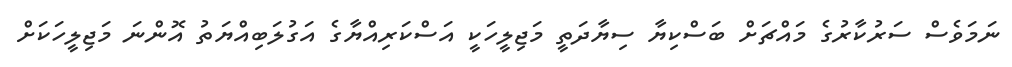
ނަމަވެސް ސަރުކާރުގެ މައްޗަށް ބަސްކިޔާ ސިޔާދަތީ މަޖިލީހަކީ އަސްކަރިއްޔާގެ އަގުލަބިއްޔަތު އޮންނަ މަޖިލީހަކަށް